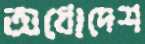
অধোদেশ